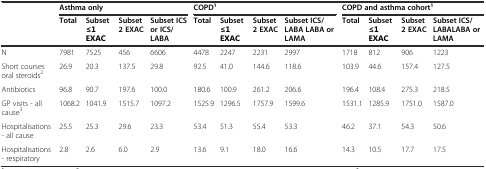
<table><thead><tr><td></td><td colspan="4"><b>Asthma only</b></td><td colspan="4"><b>COPD<sup>1</sup></b></td><td colspan="4"><b>COPD and asthma cohort<sup>1</sup></b></td></tr><tr><td></td><td><b>Total</b></td><td><b>Subset ≤1 EXAC</b></td><td><b>Subset 2 EXAC</b></td><td><b>Subset ICS or ICS/LABA</b></td><td><b>Total</b></td><td><b>Subset ≤1 EXAC</b></td><td><b>Subset 2 EXAC</b></td><td><b>Subset ICS/LABA LABA or LAMA</b></td><td><b>Total</b></td><td><b>Subset ≤1 EXAC</b></td><td><b>Subset 2 EXAC</b></td><td><b>Subset ICS/LABALABA or LAMA</b></td></tr></thead><tbody><tr><td>N</td><td>7981</td><td>7525</td><td>456</td><td>6606</td><td>4478</td><td>2247</td><td>2231</td><td>2997</td><td>1718</td><td>812</td><td>906</td><td>1223</td></tr><tr><td>Short courses oral steroids<sup>2</sup></td><td>26.9</td><td>20.3</td><td>137.5</td><td>29.8</td><td>92.5</td><td>41.0</td><td>144.6</td><td>118.6</td><td>103.9</td><td>44.6</td><td>157.4</td><td>127.5</td></tr><tr><td>Antibiotics</td><td>96.8</td><td>90.7</td><td>197.6</td><td>100.0</td><td>180.6</td><td>100.9</td><td>261.2</td><td>206.6</td><td>196.4</td><td>108.4</td><td>275.3</td><td>218.5</td></tr><tr><td>GP visits - all cause<sup>3</sup></td><td>1068.2</td><td>1041.9</td><td>1515.7</td><td>1097.2</td><td>1525.9</td><td>1296.5</td><td>1757.9</td><td>1599.6</td><td>1531.1</td><td>1285.9</td><td>1751.0</td><td>1587.0</td></tr><tr><td>Hospitalisations - all cause</td><td>25.5</td><td>25.3</td><td>29.6</td><td>23.3</td><td>53.4</td><td>51.3</td><td>55.4</td><td>53.3</td><td>46.2</td><td>37.1</td><td>54.3</td><td>50.6</td></tr><tr><td>Hospitalisations - respiratory</td><td>2.8</td><td>2.6</td><td>6.0</td><td>2.9</td><td>13.6</td><td>9.1</td><td>18.0</td><td>16.6</td><td>14.3</td><td>10.5</td><td>17.7</td><td>17.5</td></tr></tbody></table>